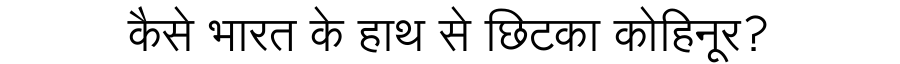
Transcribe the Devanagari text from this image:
कैसे भारत के हाथ से छिटका कोहिनूर?